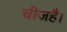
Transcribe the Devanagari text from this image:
चीजहै।